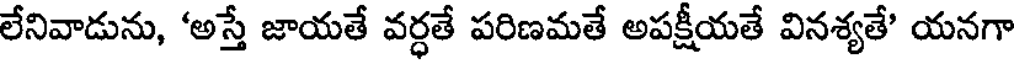
లేనివాడును, 'అస్తే జాయతే వర్ధతే పరిణమతే అపక్షీయతే వినశ్యతే' యనగా